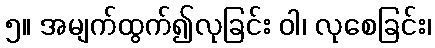
၅။ အမျက်ထွက်၍လုခြင်း ဝါ၊ လုစေခြင်း၊